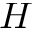
H